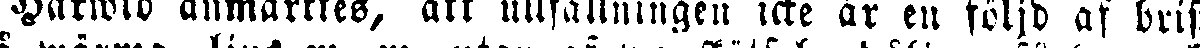
Härwid anmärktes, att ullfällningen icke är en följd af brist